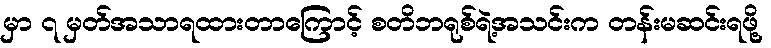
မှာ ၇ မှတ်အသာရထားတာကြောင့် စတိဘရုစ်ရဲ့အသင်းက တန်းမဆင်းရဖို့